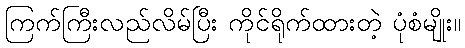
ကြက်ကြီးလည်လိမ်ပြီး ကိုင်ရိုက်ထားတဲ့ ပုံစံမျိုး။